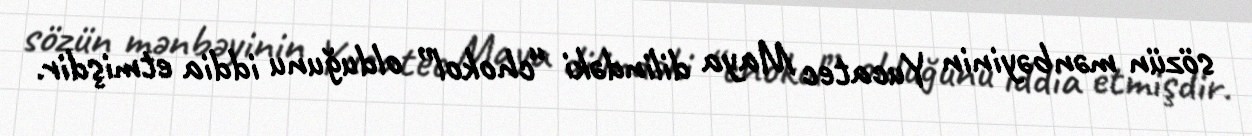
sözün mənbəyinin Yucatec Maya dilindəki “chokol” olduğunu iddia etmişdir.